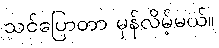
သင်ပြောတာ မှန်လိမ့်မယ်။